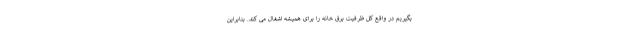
بگیریم در واقع کل ظرفیت برق خانه را برای همیشه اشغال می کند. بنابراین